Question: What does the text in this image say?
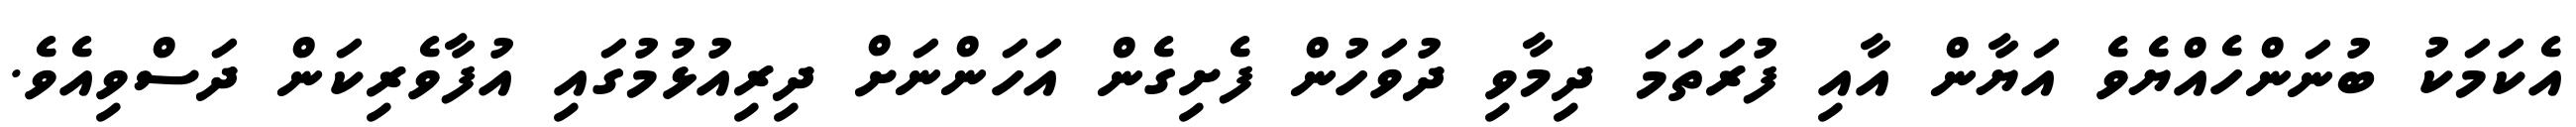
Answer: އެކަމަކު ބުނަންހެއްޔެވެ އަޔާން އާއި ފުރަތަމަ ދިމާވި ދުވަހުން ފެށިގެން އަހަންނަށް ދިރިއުޅުމުގައި އުފާވެރިކަން ދަސްވިއެވެ.